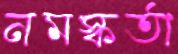
নমস্কর্তা